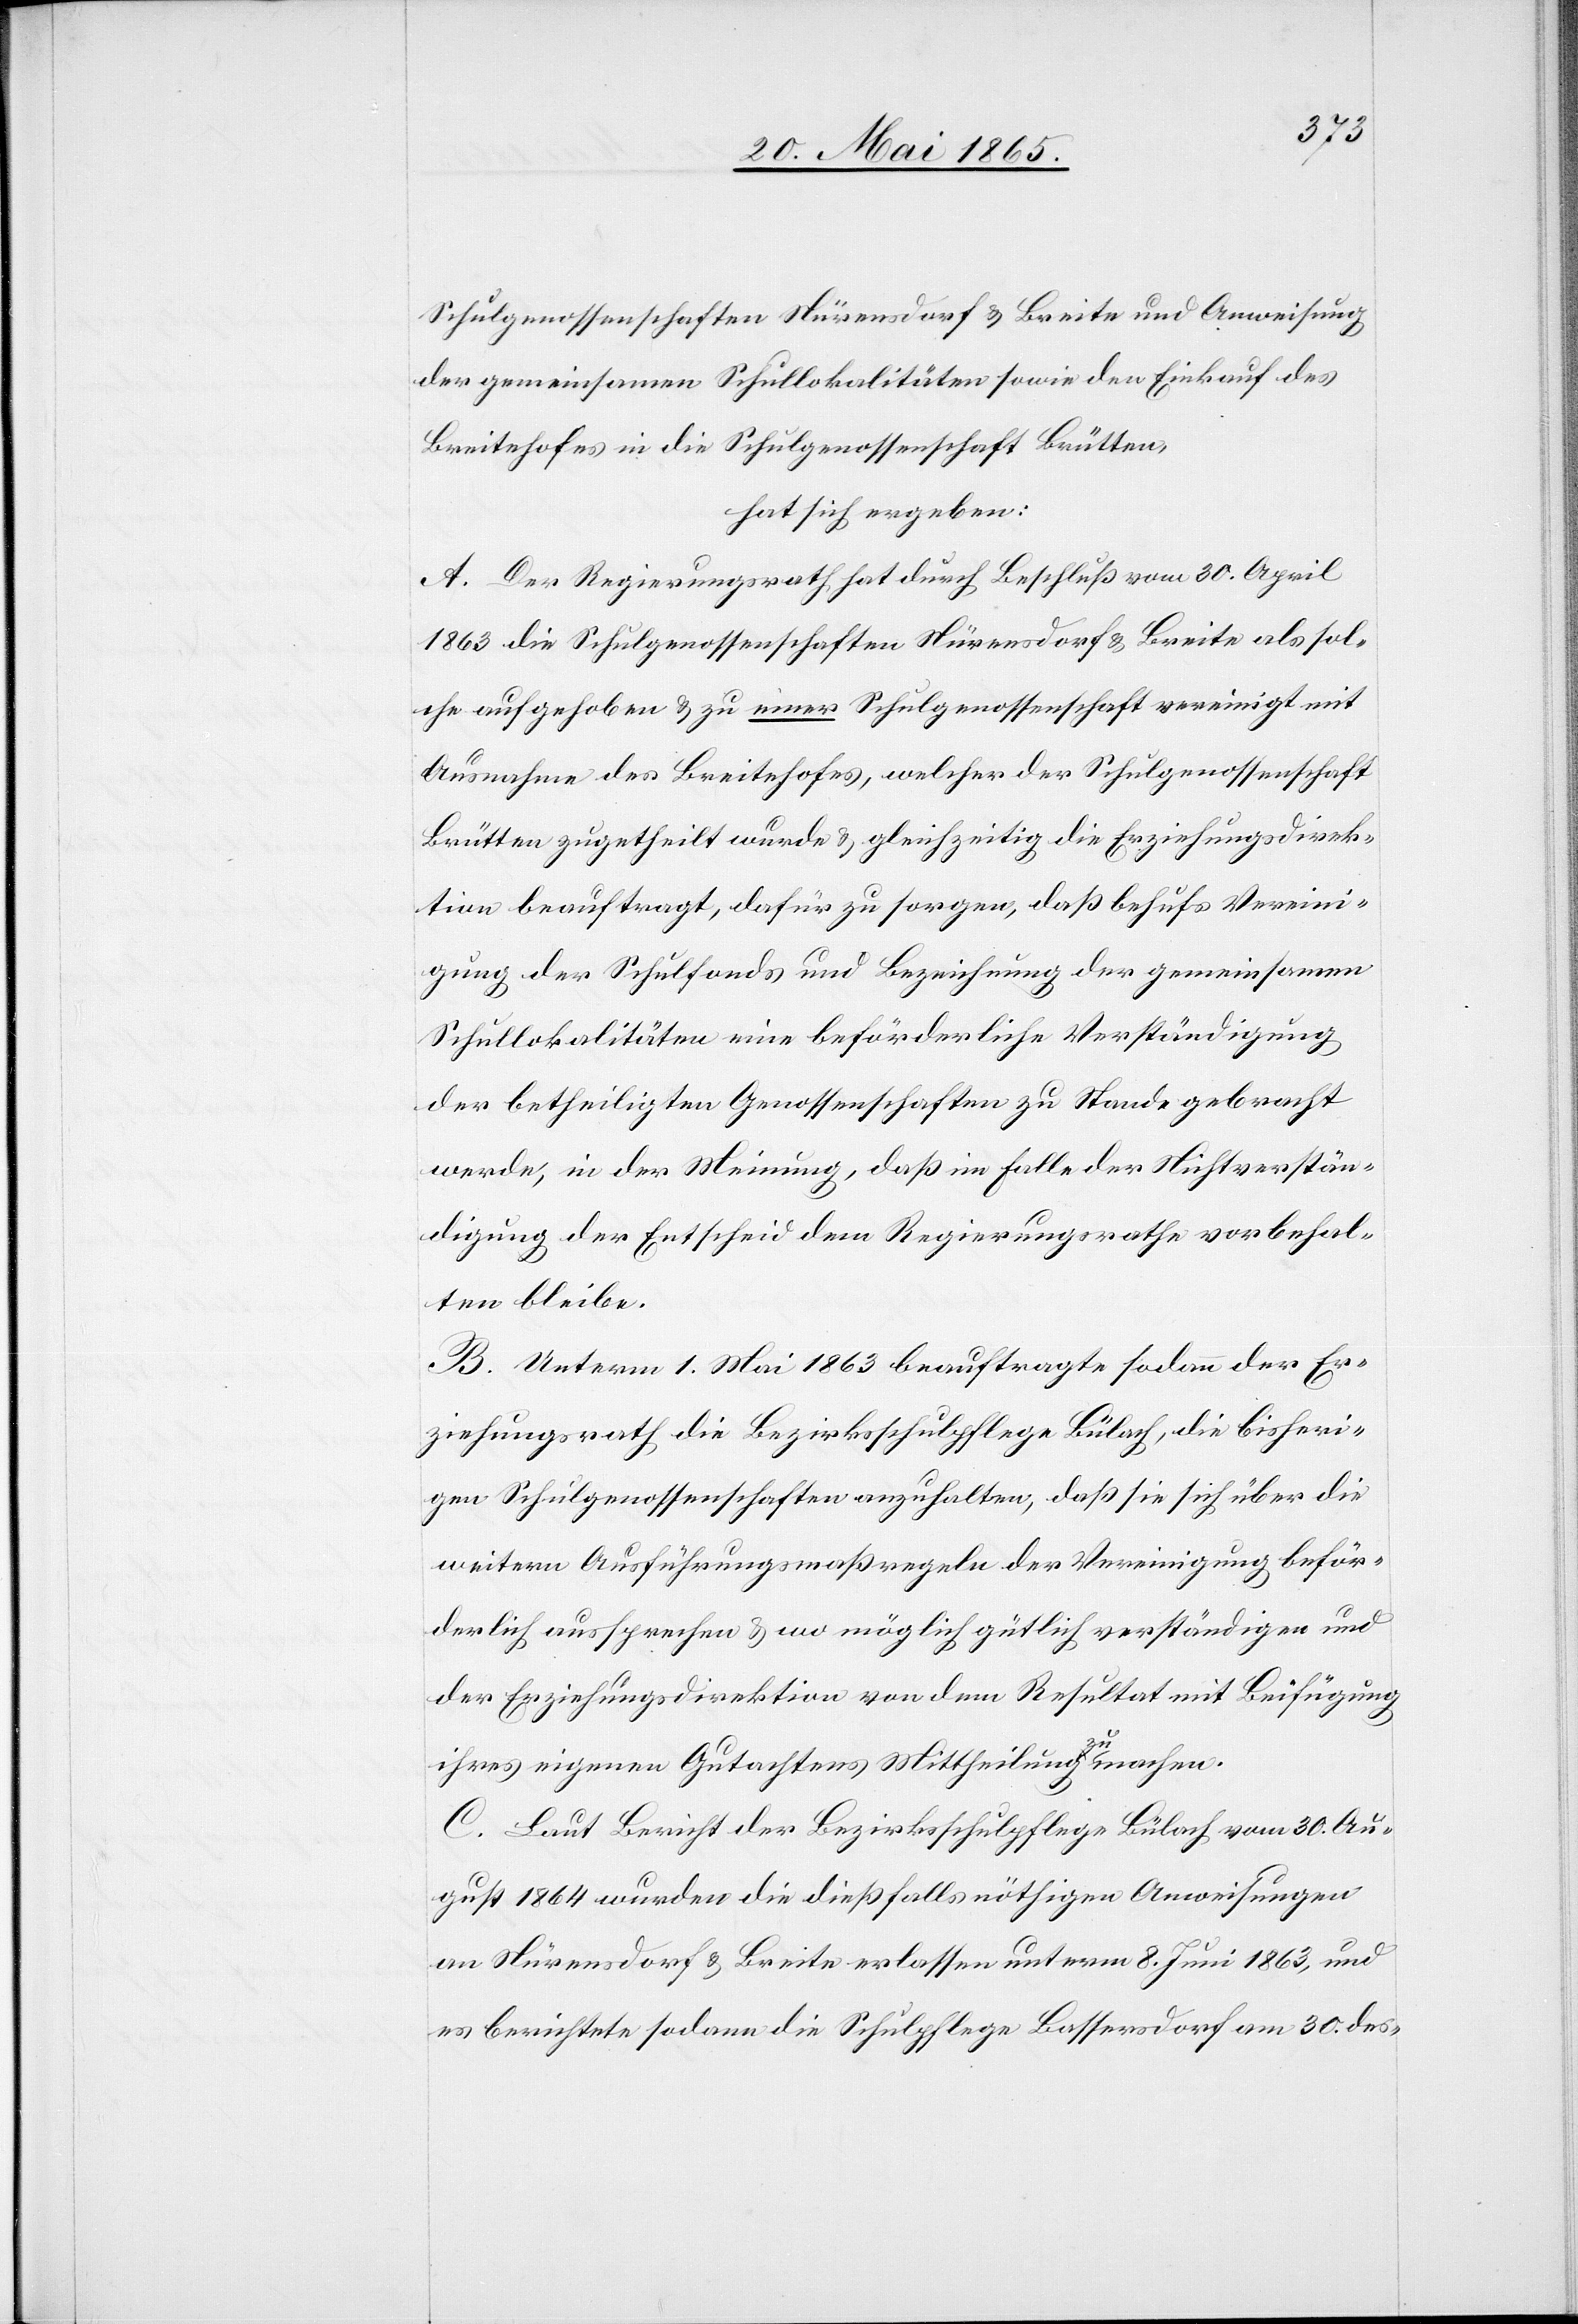
Schulgenossenschaften Nürensdorf & Breite und Anweisung
der gemeinsamen Schullokalitäten sowie den Einkauf des
Breitehofes in die Schulgenossenschaft Brütten,
hat sich ergeben:
A. Der Regierungsrath hat durch Beschluß vom 30. April
1863 die Schulgenossenschaften Nürensdorf & Breite als sol¬
che aufgehoben & zu einer Schulgenossenschaft vereinigt mit
Ausnahme des Breitehofes, welcher der Schulgenossenschaft
Brütten zugetheilt wurde & gleichzeitig die Erziehungsdirek¬
tion beauftragt, dafür zu sorgen, daß behufs Vereini¬
gung der Schulfonds und Bezeichnung der gemeinsamen
Schullokalitäten eine beförderliche Verständigung
der betheiligten Genossenschaften zu Stande gebracht
werde, in der Meinung, daß im Falle der Nichtverstän¬
digung der Entscheid dem Regierungsrathe vorbehal¬
ten bleibe.
B. Unterm 1. Mai 1863 beauftragte sodann der Er¬
ziehungsrath die Bezirksschulpflege Bülach, die bisheri¬
gen Schulgenossenschaften anzuhalten, daß sie sich über die
weitern Ausführungsmaßregeln der Vereinigung beför¬
derlich aussprechen & wo möglich gütlich verständigen und
der Erziehungsdirektion von dem Resultat mit Beifügung
ihres eigenen Gutachtens Mittheilung zu machen.
C. Laut Bericht der Bezirksschulpflege Bülach vom 30. Au¬
gust 1864 wurden die dießfalls nöthigen Anweisungen
an Nürensdorf & Breite erlassen unterm 8. Juni 1863, und
es berichtete sodann die Schulpflege Bassersdorf am 30. des-